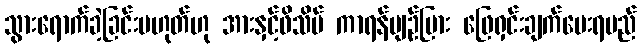
သွားရောက်ခဲ့ခြင်းမဟုတ်ဟု အားနှင့်ဖိသိပ် ကာရန်ပျဉ်ပြား ဖြေရှင်းချက်ပေးရမည်